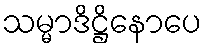
သမ္မာဒိဋ္ဌိနောပေ